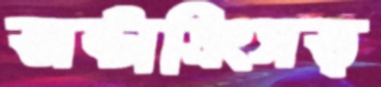
অষ্টাত্রিংসত্